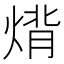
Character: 𤊷